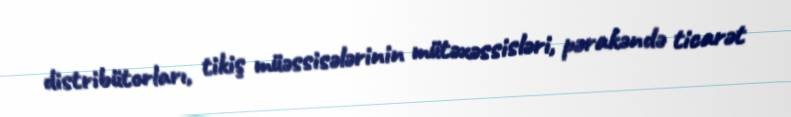
distribütorları, tikiş müəssisələrinin mütəxəssisləri, pərakəndə ticarət